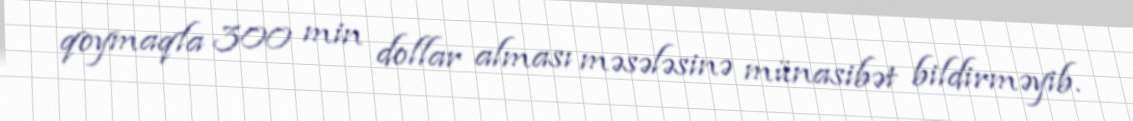
qoymaqla 300 min dollar alması məsələsinə münasibət bildirməyib.